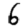
Digit: 6